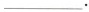
___.